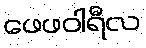
ဖေဖဝါရီလ